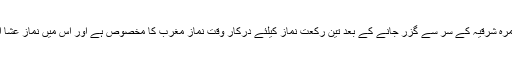
غروب آفتاب کے بعد حُمرہ شرقیہ کے سر سے گزر جانے کے بعد تین رکعت نماز کیلئے درکار وقت نماز مغرب کا مخصوص ہے اور اس میں نماز عشا ادا کرنا درست نہیں ہے۔